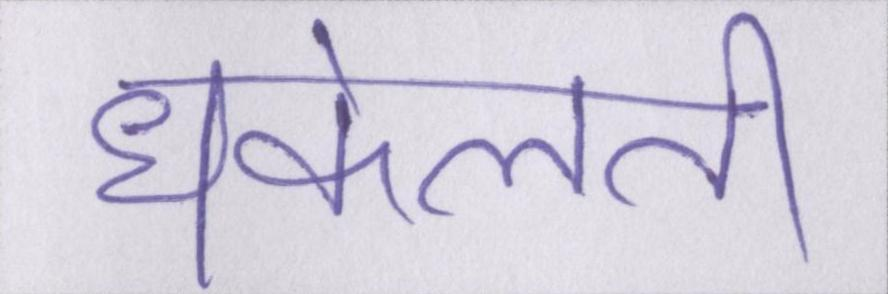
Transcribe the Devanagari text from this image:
धकेलती